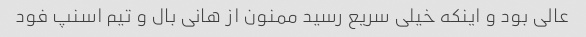
عالی بود و اینکه خیلی سریع رسید ممنون از هانی بال و تیم اسنپ فود